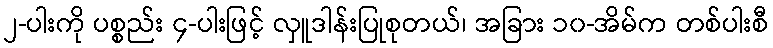
၂-ပါးကို ပစ္စည်း ၄-ပါးဖြင့် လှူဒါန်းပြုစုတယ်၊ အခြား ၁၀-အိမ်က တစ်ပါးစီ